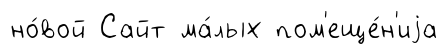
но́вой Сайт ма́лых пом'еще́н'иjа